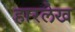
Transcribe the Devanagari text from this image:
हारलेख